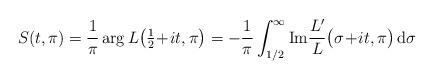
LaTeX: \begin{align*}S(t,\pi) = \frac{1}{\pi} \arg L\big(\tfrac{1}{2} \!+\! it,\pi \big) = - \frac{1}{\pi} \int_{1/2}^\infty \mathrm{Im} \frac{L'}{L}\big(\sigma \!+\! it,\pi \big) \, \mathrm{d}\sigma\end{align*}